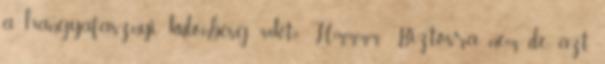
a hangyafasznyi különbésg 44k-t? Hmmmm. Biztosra nem, de azt